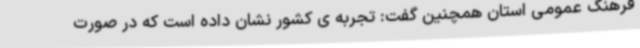
فرهنگ عمومی استان همچنین گفت: تجربه ی کشور نشان داده است که در صورت